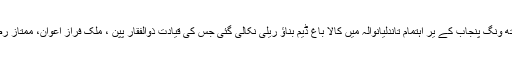
2015ء ) پاکستان مسلم لیگ یوتھ ونگ پنجاب کے یر اہتمام تاندلیانوالہ میں کالا باغ ڈیم بناؤ ریلی نکالی گئی جس کی قیادت ذوالفقار پپن ، ملک فراز اعوان، ممتاز رضوان، سید شاکر حسین نے کی ۔